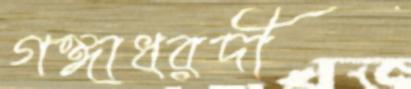
গঙ্গাধরদী